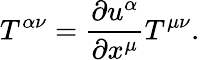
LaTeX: T^{\alpha\nu}=\frac{\partial u^{\alpha}}{\partial x^{\mu}}T^{\mu\nu}.